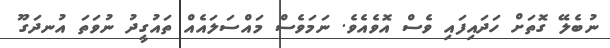
ނުބެލޭ ގޮތަށް ހަދައިފައި ވެސް އޮވެއެވެ. ނަމަވެސް މައްސަލައެއް ތައުގީދު ނުވަތަ އުނދަގޫ